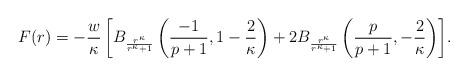
LaTeX: \begin{align*}F(r)=- \frac{w}{\kappa} \left[ B_\frac{r^\kappa}{r^\kappa+1}\left(\frac{-1}{p+1}, 1-\frac{2}{\kappa}\right) + 2B_\frac{r^\kappa}{r^\kappa+1} \left( \frac{p}{p+1}, -\frac{2}{\kappa}\right)\right]\!.\end{align*}